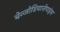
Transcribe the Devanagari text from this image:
बेन्जोडियाज़ेपाइंस